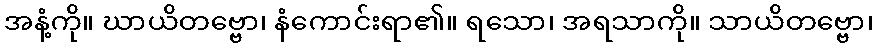
အနံ့ကို။ ဃာယိတဗ္ဗော၊ နံကောင်းရာ၏။ ရသော၊ အရသာကို။ သာယိတဗ္ဗော၊